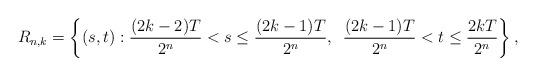
LaTeX: \begin{align*} R_{n,k} = \left\{(s,t): \frac{(2k-2)T}{2^n}< s\leq \frac{(2k-1)T}{2^n},\,\,\,\frac{(2k-1)T}{2^n}<t\leq \frac{2kT}{2^n}\right\},\end{align*}